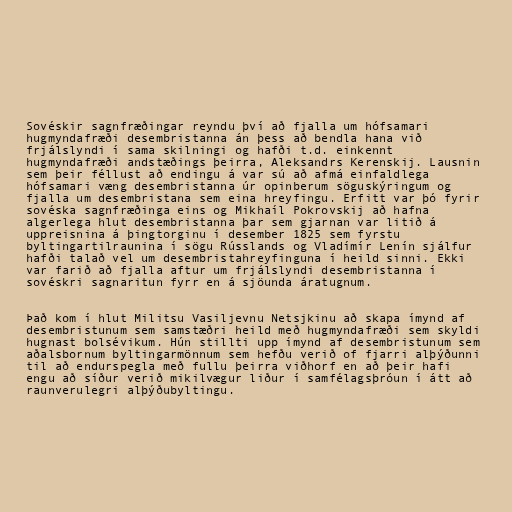
Sovéskir sagnfræðingar reyndu því að fjalla um hófsamari
hugmyndafræði desembristanna án þess að bendla hana við
frjálslyndi í sama skilningi og hafði t.d. einkennt
hugmyndafræði andstæðings þeirra, Aleksandrs Kerenskij. Lausnin
sem þeir féllust að endingu á var sú að afmá einfaldlega
hófsamari væng desembristanna úr opinberum söguskýringum og
fjalla um desembristana sem eina hreyfingu. Erfitt var þó fyrir
sovéska sagnfræðinga eins og Mikhaíl Pokrovskij að hafna
algerlega hlut desembristanna þar sem gjarnan var litið á
uppreisnina á þingtorginu í desember 1825 sem fyrstu
byltingartilraunina í sögu Rússlands og Vladímír Lenín sjálfur
hafði talað vel um desembristahreyfinguna í heild sinni. Ekki
var farið að fjalla aftur um frjálslyndi desembristanna í
sovéskri sagnaritun fyrr en á sjöunda áratugnum.

Það kom í hlut Militsu Vasiljevnu Netsjkinu að skapa ímynd af
desembristunum sem samstæðri heild með hugmyndafræði sem skyldi
hugnast bolsévikum. Hún stillti upp ímynd af desembristunum sem
aðalsbornum byltingarmönnum sem hefðu verið of fjarri alþýðunni
til að endurspegla með fullu þeirra viðhorf en að þeir hafi
engu að síður verið mikilvægur liður í samfélagsþróun í átt að
raunverulegri alþýðubyltingu.